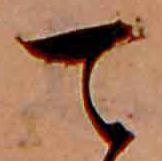
て